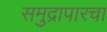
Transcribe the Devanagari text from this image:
समुद्रापारचा